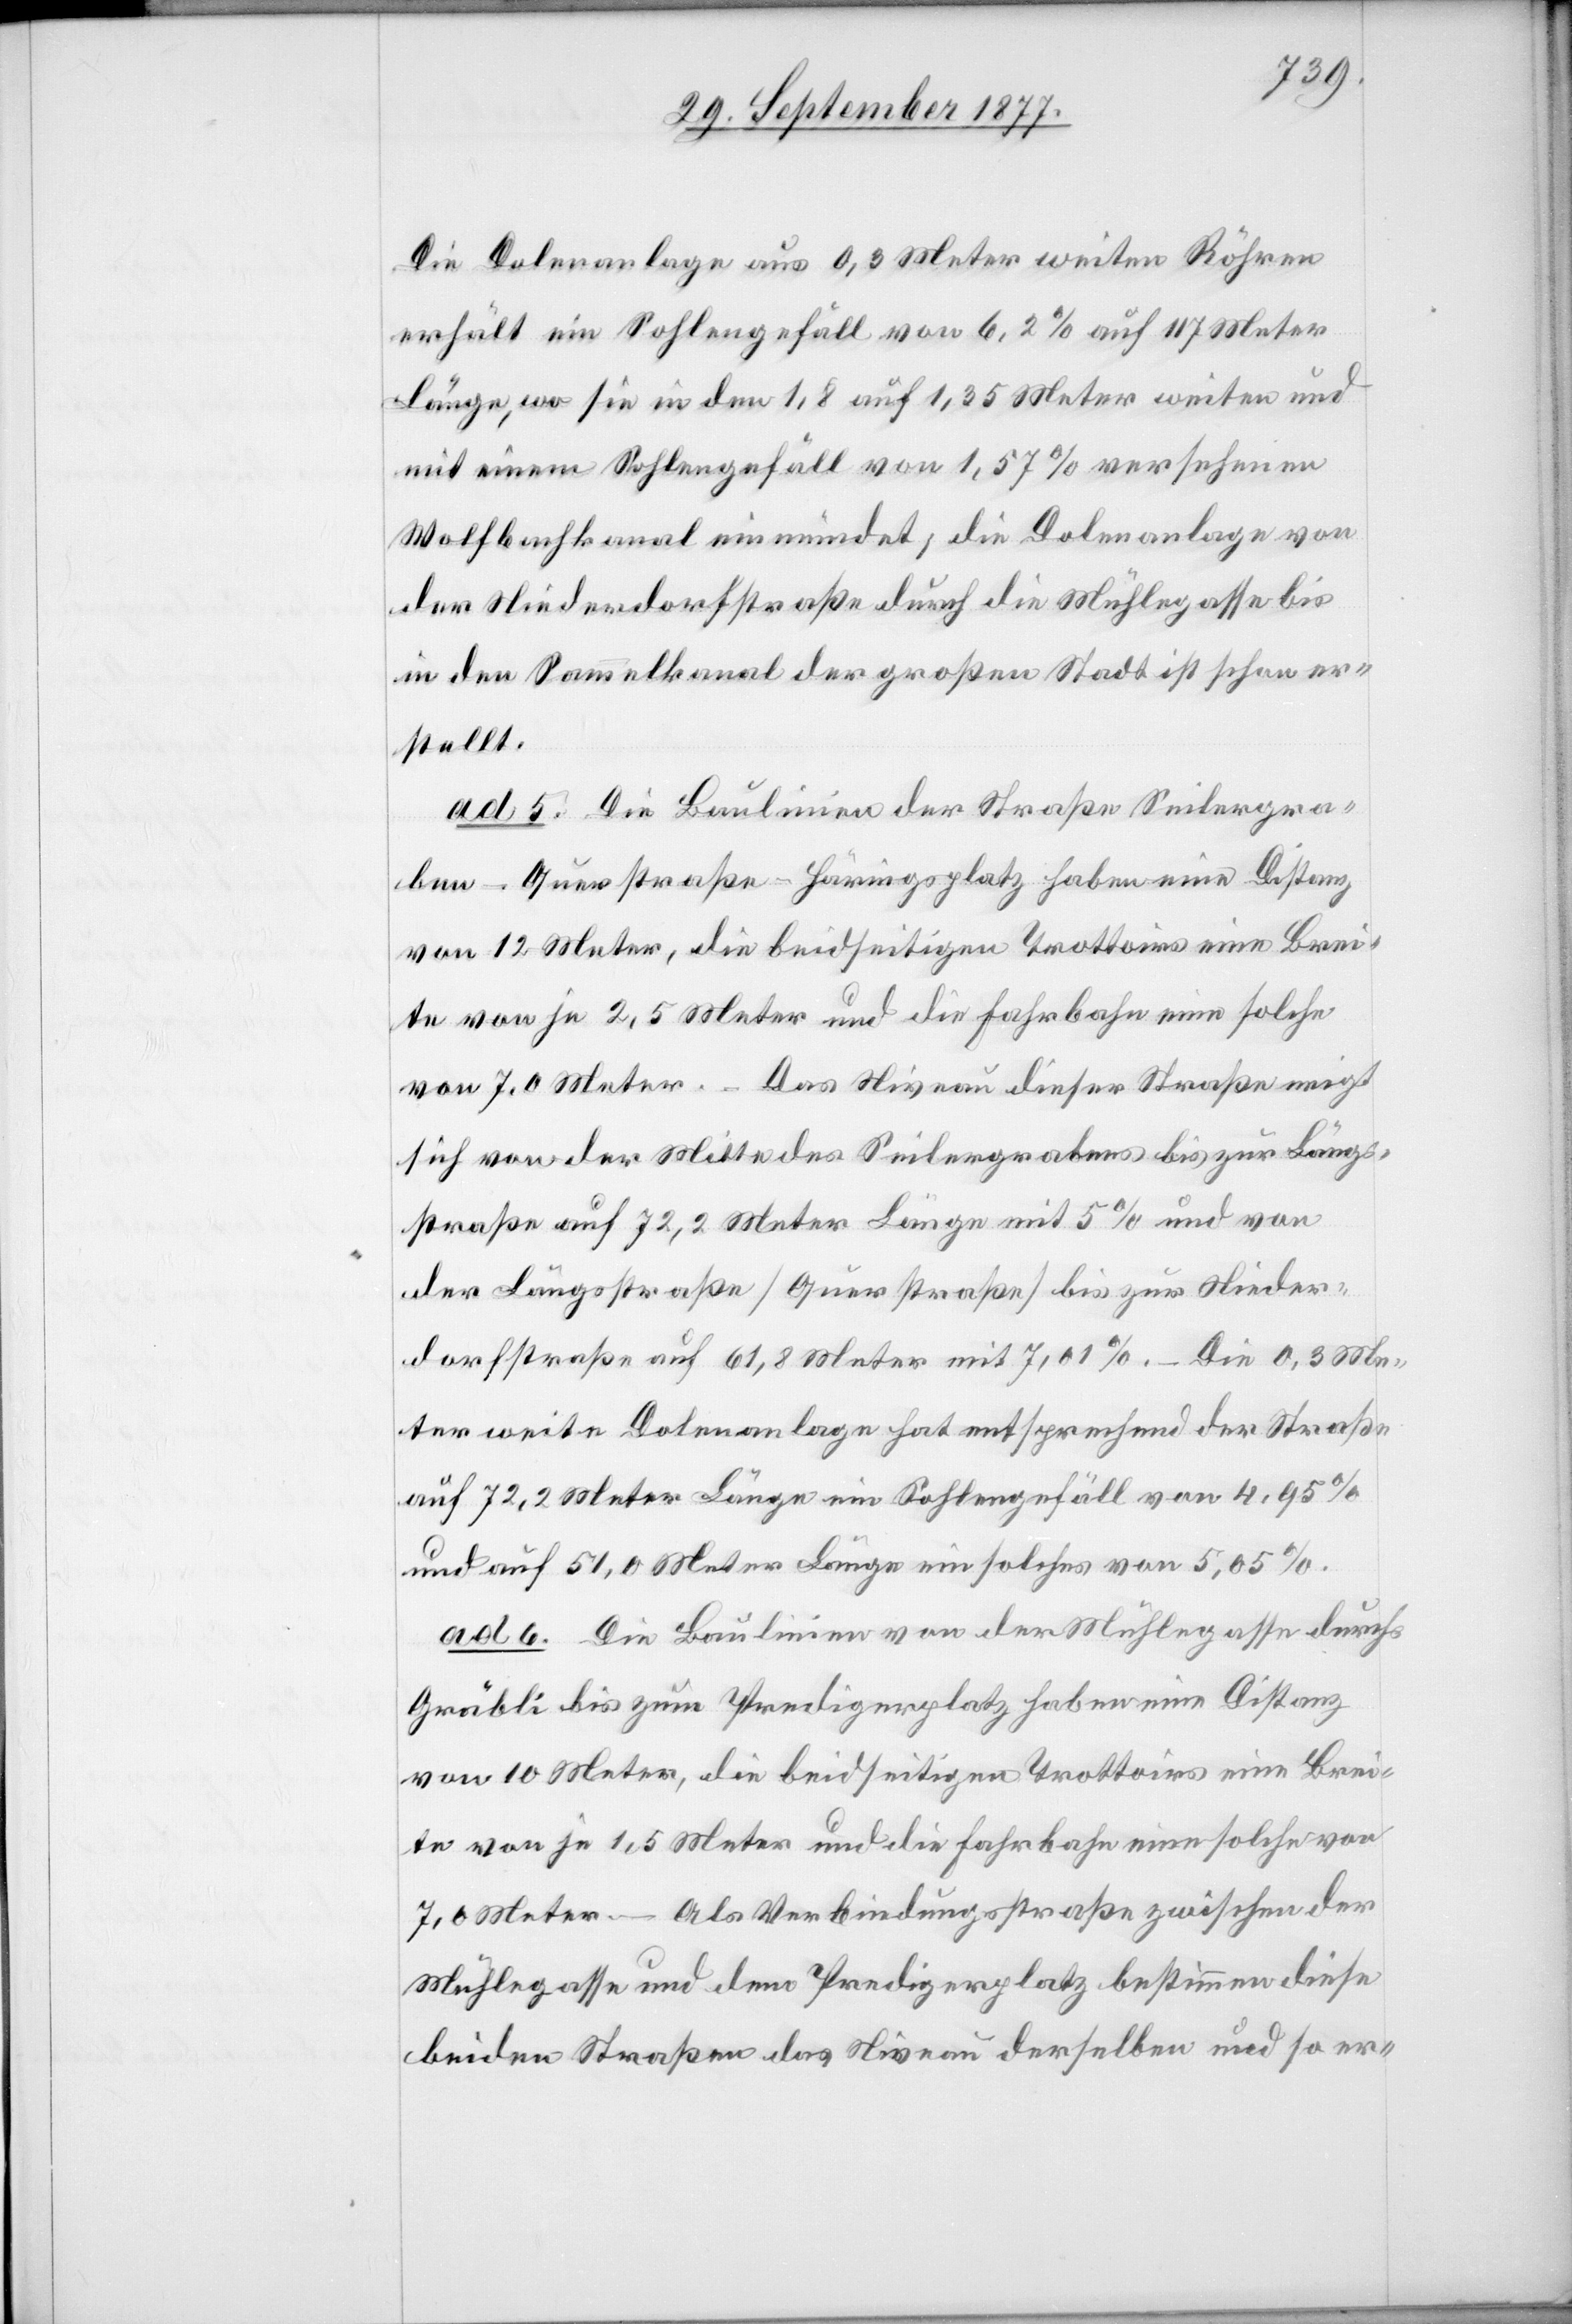
Die Dolenanlage aus 0,3 Meter weiten Röhren
erhält ein Sohlengefäll von 6,2 % auf 117 Meter
Länge, wo sie in den 1,8 auf 1,35 Meter weiten und
mit einem Sohlengefäll von 1,57 % versehenen
Wolfbachkanal einmündet; die Dolenanlage von
der Niederdorfstraße durch die Mühlegasse bis
in den Sammelkanal der großen Stadt ist schon er¬
stellt.
ad 5. Die Baulinien der Straße Seilergra¬
ben–Querstraße–Häringsplatz haben eine Distanz
von 12 Meter, die beidseitigen Trottoirs eine Brei¬
te von je 2,5 Meter und die Fahrbahn eine solche
von 7,0 Meter. – Das Niveau dieser Straße neigt
sich von der Mitte des Seilergrabens bis zur Längs¬
straße auf 72,2 Meter Länge mit 5 % und von
der Längsstraße [Querstraße] bis zur Nieder¬
dorfstraße auf 61,8 Meter mit 7,01 %. – Die 0,3 Me¬
ter weite Dolenanlage hat entsprechend der Straße
auf 72,2 Meter Länge ein Sohlengefäll von 4,95 %
und auf 51,0 Meter Länge ein solches von 5,05 %.
ad 6. Die Baulinien von der Mühlegasse durchs
Gräbli bis zum Predigerplatz haben eine Distanz
von 10 Meter, die beidseitigen Trottoirs eine Brei¬
te von je 1,5 Meter und die Fahrbahn eine solche von
7,0 Meter. – Als Verbindungsstraße zwischen der
Mühlegasse und dem Predigerplatz bestimmen diese
beiden Straßen das Niveau derselben und so er-